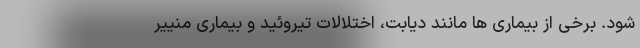
شود. برخی از بیماری ها مانند دیابت، اختلالات تیروئید و بیماری مِنییِر